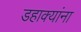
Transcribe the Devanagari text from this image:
डहाक्यांना